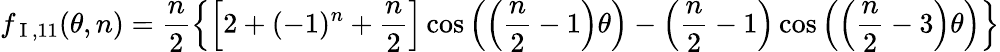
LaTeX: f_{\mathrm{~I~},11}(\theta,n)=\frac{n}{2}\left\{ \left[2+(-1)^{n}+\frac{n}{2}\right]\cos\left(\left(\frac{n}{2}-1\right)\theta\right)-\left(\frac{n}{2}-1\right)\cos\left(\left(\frac{n}{2}-3\right)\theta\right)\right\}